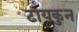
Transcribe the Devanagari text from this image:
टायकुन